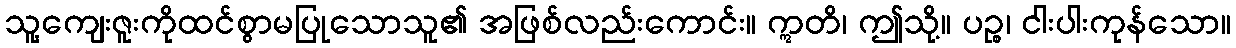
သူ့ကျေးဇူးကိုထင်စွာမပြုသောသူ၏ အဖြစ်လည်းကောင်း။ ဣတိ၊ ဤသို့။ ပဉ္စ၊ ငါးပါးကုန်သော။